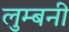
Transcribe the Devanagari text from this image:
लुम्बनी